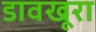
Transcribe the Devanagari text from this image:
डावखूरा